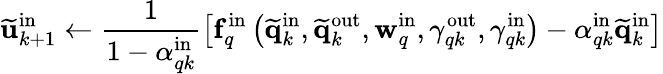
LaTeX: \widetilde{\mathbf{u}}_{k+1}^{\mathrm{in}}\gets\frac{1}{1-\alpha_{qk}^{\mathrm{in}}}\left[\mathbf{f}_{q}^{\mathrm{in}}\left(\widetilde{\mathbf{q}}_{k}^{\mathrm{in}},\widetilde{\mathbf{q}}_{k}^{\mathrm{out}},\mathbf{w}_{q}^{\mathrm{in}},\gamma_{qk}^{\mathrm{out}},\gamma_{qk}^{\mathrm{in}}\right)-\alpha_{qk}^{\mathrm{in}}\widetilde{\mathbf{q}}_{k}^{\mathrm{in}}\right]